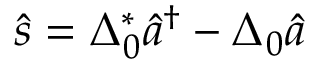
\hat { s } = \Delta _ { 0 } ^ { * } \hat { a } ^ { \dagger } - \Delta _ { 0 } \hat { a }